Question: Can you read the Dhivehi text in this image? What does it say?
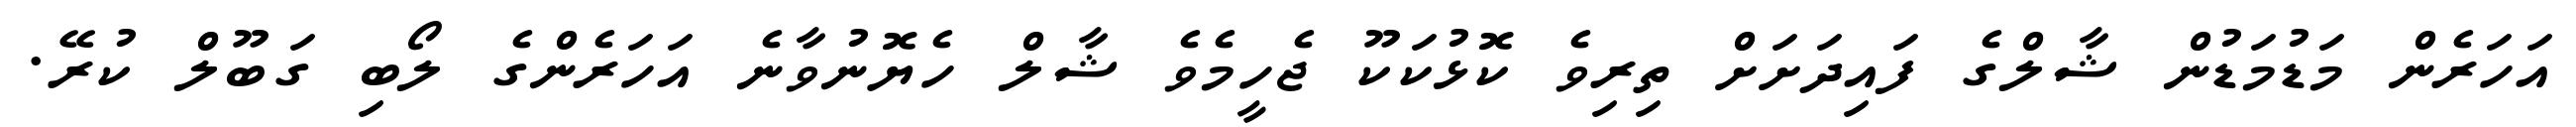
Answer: އަހަރެން މަޑުމަޑުން ޝާލްގެ ފައިދަށަށް ތިރިވެ ކޮޅުކަކޫ ޖެހީމެވެ ޝާލް ހެޔޮނުވާނެ އަހަރެންގެ ލޯބި ގަބޫލް ކުރޭ.